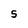
Character: S